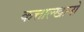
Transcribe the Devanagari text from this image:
कत्ताल्खानो